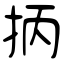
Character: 抦